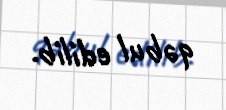
qəbul edilib.